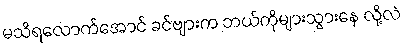
မသိရလောက်အောင် ခင်ဗျားက ဘယ်ကိုများသွားနေ လို့လဲ